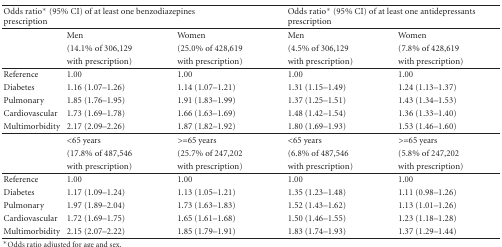
<table><thead><tr><td colspan="3"><b>Odds ratio* (95% CI) of at least one benzodiazepines prescription</b></td><td colspan="2"><b>Odds ratio* (95% CI) of at least one antidepressants prescription</b></td></tr></thead><tbody><tr><td></td><td>Men</td><td>Women</td><td>Men</td><td>Women</td></tr><tr><td></td><td>(14.1% of 306,129</td><td>(25.0% of 428,619</td><td>(4.5% of 306,129</td><td>(7.8% of 428,619</td></tr><tr><td></td><td> with prescription)</td><td> with prescription)</td><td>with prescription)</td><td>with prescription) </td></tr><tr><td>Reference</td><td>1.00</td><td>1.00</td><td>1.00</td><td>1.00</td></tr><tr><td>Diabetes</td><td>1.16 (1.07–1.26)</td><td>1.14 (1.07–1.21)</td><td>1.31 (1.15–1.49)</td><td>1.24 (1.13–1.37)</td></tr><tr><td>Pulmonary</td><td>1.85 (1.76–1.95)</td><td>1.91 (1.83–1.99)</td><td>1.37 (1.25–1.51)</td><td>1.43 (1.34–1.53)</td></tr><tr><td>Cardiovascular</td><td>1.73 (1.69–1.78)</td><td>1.66 (1.63–1.69)</td><td>1.48 (1.42–1.54)</td><td>1.36 (1.33–1.40)</td></tr><tr><td>Multimorbidity</td><td>2.17 (2.09–2.26)</td><td>1.87 (1.82–1.92)</td><td>1.80 (1.69–1.93)</td><td>1.53 (1.46–1.60) </td></tr><tr><td></td><td>&lt;65 years</td><td>&gt;=65 years</td><td>&lt;65 years</td><td>&gt;=65 years</td></tr><tr><td></td><td>(17.8% of 487,546</td><td>(25.7% of 247,202</td><td>(6.8% of 487,546</td><td>(5.8% of 247,202</td></tr><tr><td></td><td> with prescription)</td><td> with prescription)</td><td>with prescription)</td><td>with prescription) </td></tr><tr><td>Reference</td><td>1.00</td><td>1.00</td><td>1.00</td><td>1.00</td></tr><tr><td>Diabetes</td><td>1.17 (1.09–1.24)</td><td>1.13 (1.05–1.21)</td><td>1.35 (1.23–1.48)</td><td>1.11 (0.98–1.26)</td></tr><tr><td>Pulmonary</td><td>1.97 (1.89–2.04)</td><td>1.73 (1.63–1.83)</td><td>1.52 (1.43–1.62)</td><td>1.13 (1.01–1.26)</td></tr><tr><td>Cardiovascular</td><td>1.72 (1.69–1.75)</td><td>1.65 (1.61–1.68)</td><td>1.50 (1.46–1.55)</td><td>1.23 (1.18–1.28)</td></tr><tr><td>Multimorbidity</td><td>2.15 (2.07–2.22)</td><td>1.85 (1.79–1.91)</td><td>1.83 (1.74–1.93)</td><td>1.37 (1.29–1.44)</td></tr></tbody></table>